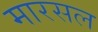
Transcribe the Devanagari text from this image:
मारसल